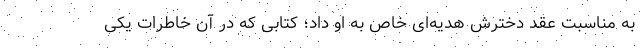
به مناسبت عقد دخترش هدیه‌ای خاص به او داد؛ کتابی که در آن خاطرات یکی